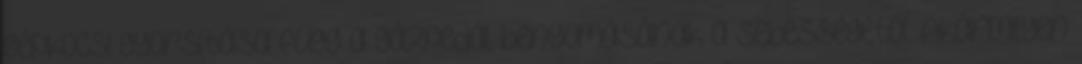
gépkocsi gyorsítása függ a gázpedál benyomásának a sebességétől. Akármilyen